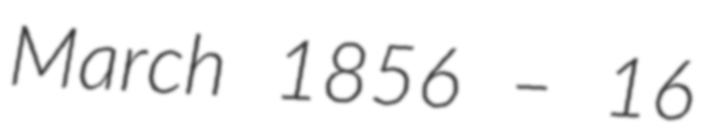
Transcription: March 1856 – 16